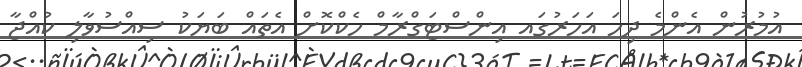
އުމުރުން އެންމެ ދިހަ އަހަރުގައ އިންސްޓަގްރާމް ހެކްކޮށް އެތައް ބަޔަކު ސިއްސުވާލި ކުއްޖާ